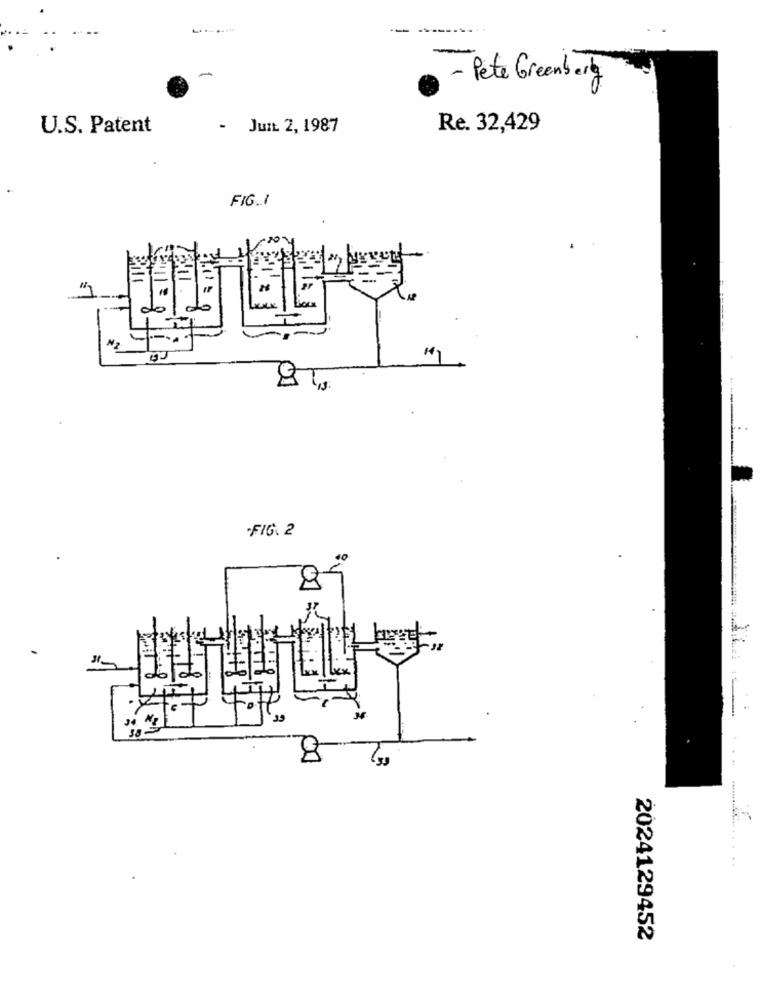
--
- Pete Greenberg
U.S. Patent
Jun 2, 1987
Re. 32,429
FIG.1
-FIG. 2
8
2024129452